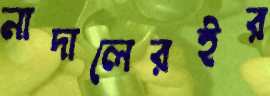
নাদালেরইর